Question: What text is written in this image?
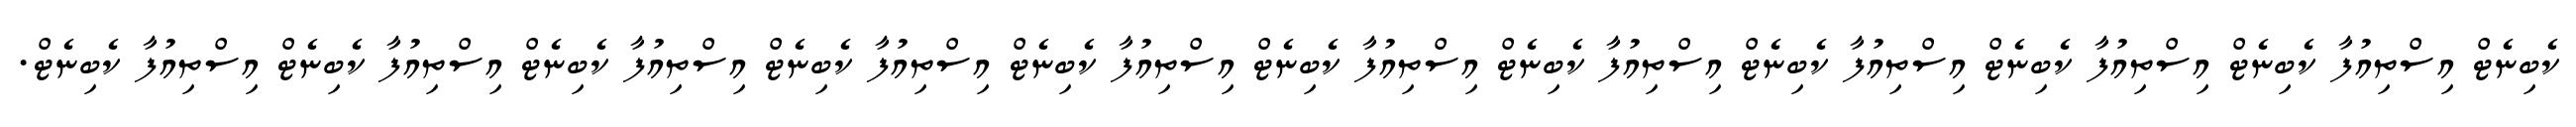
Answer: ކެބިނެޓް އިސްތިއުފާ ކެބިނެޓް އިސްތިއުފާ ކެބިނެޓް އިސްތިއުފާ ކެބިނެޓް އިސްތިއުފާ ކެބިނެޓް އިސްތިއުފާ ކެބިނެޓް އިސްތިއުފާ ކެބިނެޓް އިސްތިއުފާ ކެބިނެޓް އިސްތިއުފާ ކެބިނެޓް އިސްތިއުފާ ކެބިނެޓް އިސްތިއުފާ ކެބިނެޓް.